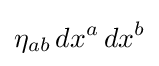
\eta _{ab}\,dx^{a}\,dx^{b}